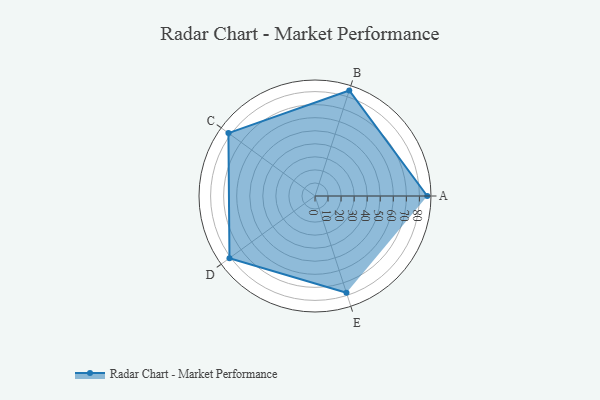
{"axis": {"x": "Skill", "y": "Score"}, "legend": ["Profile"], "data": [{"x": "A", "y": 86.0, "type": "Profile"}, {"x": "B", "y": 85.0, "type": "Profile"}, {"x": "C", "y": 82.0, "type": "Profile"}, {"x": "D", "y": 81.0, "type": "Profile"}, {"x": "E", "y": 78.0, "type": "Profile"}]}